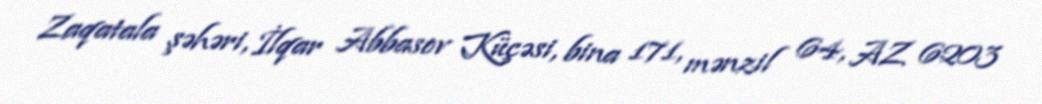
Zaqatala şəhəri, İlqar Abbasov Küçəsi, bina 171, mənzil 64, AZ 6203